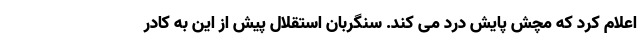
اعلام کرد که مچش پایش درد می کند. سنگربان استقلال پیش از این به کادر